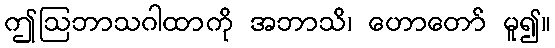
ဤဩဘာသဂါထာကို အဘာသိ၊ ဟောတော် မူ၍။